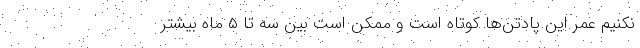
نکنیم عمر این پادتن‌ها کوتاه است و ممکن است بین سه تا ۵ ماه بیشتر